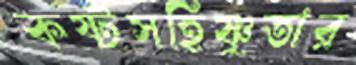
কষ্টসহিষ্ণুতার